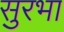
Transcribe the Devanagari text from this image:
सुरभा